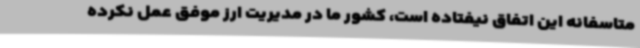
متاسفانه این اتفاق نیفتاده است، کشور ما در مدیریت ارز موفق عمل نکرده